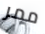
ممر